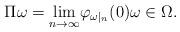
LaTeX: \begin{align*}\Pi\omega=\underset{n\rightarrow\infty}{\lim}\varphi_{\omega|_{n}}(0)\omega\in\Omega.\end{align*}